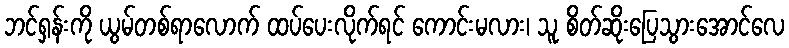
ဘင်ရှန်းကို ယွမ်တစ်ရာလောက် ထပ်ပေးလိုက်ရင် ကောင်းမလား၊ သူ စိတ်ဆိုးပြေသွားအောင်လေ